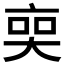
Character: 𠅧